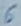
Text: 6